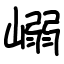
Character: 嵶